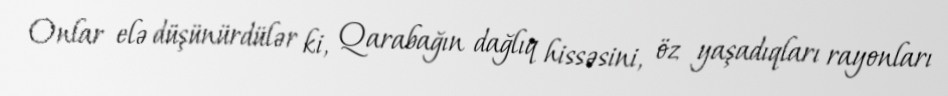
Onlar elə düşünürdülər ki, Qarabağın dağlıq hissəsini, öz yaşadıqları rayonları